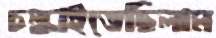
চল্‌কাইতেছিলাম